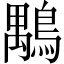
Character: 𪃍